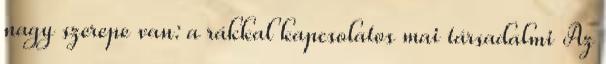
nagy szerepe van: a rákkal kapcsolatos mai társadalmi Az